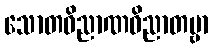
သောတဝိညာဏဝိညာတဗ္ဗာ